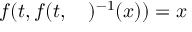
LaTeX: f ( t , f ( t , \quad ) ^ { - 1 } ( x ) ) = x